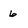
Character: 6